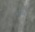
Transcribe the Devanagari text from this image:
आर्यसंघ